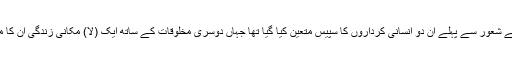
لباس کے شعور سے پہلے ان دو انسانی کرداروں کا سپیس متعین کیا گیا تھا جہاں دوسری مخلوقات کے ساتھ ایک (لا) مکانی زندگی ان کا متن بنی۔